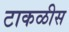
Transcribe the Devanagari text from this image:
टाकळीस